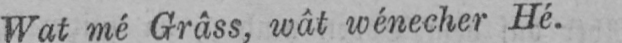
Wat mé Grâss, wât wénecher Hé.